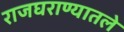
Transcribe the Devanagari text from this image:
राजघराण्यातले